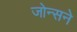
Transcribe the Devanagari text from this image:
जोन्सने